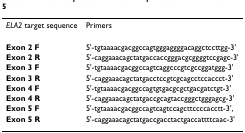
<table><thead><tr><td><b><i>ELA2 </i>target sequence</b></td><td><b>Primers</b></td></tr></thead><tbody><tr><td><b>Exon 2 F</b></td><td>5&#x27;-tgtaaaacgacggccagtgggaggggacaggctccttgg-3&#x27;</td></tr><tr><td><b>Exon 2 R</b></td><td>5&#x27;-caggaaacagctatgaccaccgggacgcggggtccgagc-3&#x27;</td></tr><tr><td><b>Exon 3 F</b></td><td>5&#x27;-tgtaaaacgacggccagtcaggcccgtcgccggatggg-3&#x27;</td></tr><tr><td><b>Exon 3 R</b></td><td>5&#x27;-caggaaacagctatgacctccgtcgcagcctccaccct-3&#x27;</td></tr><tr><td><b>Exon 4 F</b></td><td>5&#x27;-tgtaaaacgacggccagtgtgacgcgctgacgatctgt-3&#x27;</td></tr><tr><td><b>Exon 4 R</b></td><td>5&#x27;-caggaaacagctatgaccgcagtaccgggctgggagcg-3&#x27;</td></tr><tr><td><b>Exon 5 F</b></td><td>5&#x27;-tgtaaaacgacggccagtcagtccagcttccccacctt-3&#x27;,</td></tr><tr><td><b>Exon 5 R</b></td><td>5&#x27;-caggaaacagctatgaccgacctactgaccattttcaac-3&#x27;</td></tr></tbody></table>